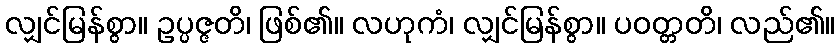
လျှင်မြန်စွာ။ ဥပ္ပဇ္ဇတိ၊ ဖြစ်၏။ လဟုကံ၊ လျှင်မြန်စွာ။ ပဝတ္တတိ၊ လည်၏။